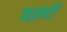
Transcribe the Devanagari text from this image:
बख़्दी